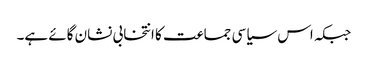
جبکہ اس سیاسی جماعت کا انتخابی نشان گائے ہے۔